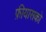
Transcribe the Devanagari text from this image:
फ़ीयासको